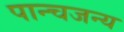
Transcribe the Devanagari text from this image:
पान्चजन्य